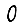
Digit: 0